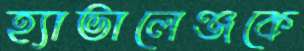
হ্যাভালেঞ্জকে